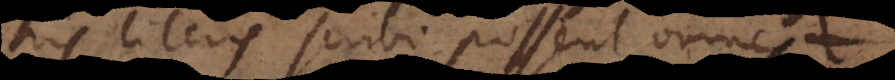
his literis scribi possent omnes